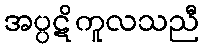
အပ္ပဋိကူလသညီ